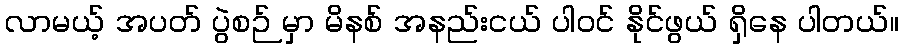
လာမယ့် အပတ် ပွဲစဉ် မှာ မိနစ် အနည်းငယ် ပါဝင် နိုင်ဖွယ် ရှိနေ ပါတယ်။